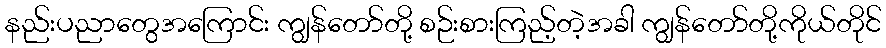
နည်းပညာတွေအကြောင်း ကျွန်တော်တို့ စဉ်းစားကြည့်တဲ့အခါ ကျွန်တော်တို့ကိုယ်တိုင်